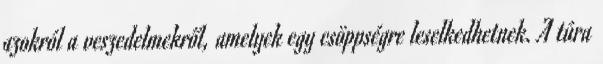
azokról a veszedelmekről, amelyek egy csöppségre leselkedhetnek. A túra